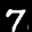
Label: 7